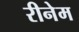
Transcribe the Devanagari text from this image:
रीनेम